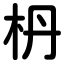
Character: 枬